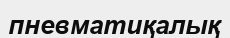
пневматиқалық